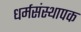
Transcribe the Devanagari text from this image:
धर्मसंस्थापक